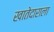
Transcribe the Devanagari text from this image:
खातेदाराला